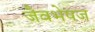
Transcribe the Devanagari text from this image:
जैवभेषज